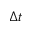
\Delta t